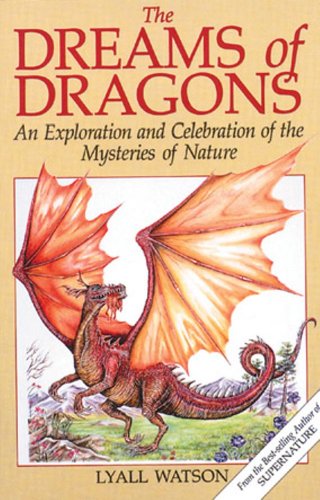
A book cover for The Dreams of Dragons: An Exploration and Celebration of the Mysteries of Nature; Lyall Watson; Religion & Spirituality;